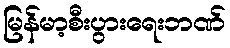
မြန်မာ့စီးပွားရေးဘဏ်